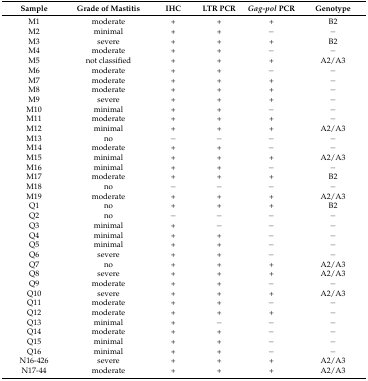
<table><thead><tr><td><b>Sample</b></td><td><b>Grade of Mastitis</b></td><td><b>IHC</b></td><td><b>LTR PCR</b></td><td><b><i>Gag-pol</i> PCR</b></td><td><b>Genotype</b></td></tr></thead><tbody><tr><td>M1</td><td>moderate</td><td>+</td><td>+</td><td>+</td><td>B2</td></tr><tr><td>M2</td><td>minimal</td><td>+</td><td>+</td><td>−</td><td>−</td></tr><tr><td>M3</td><td>severe</td><td>+</td><td>+</td><td>+</td><td>B2</td></tr><tr><td>M4</td><td>moderate</td><td>+</td><td>+</td><td>−</td><td>−</td></tr><tr><td>M5</td><td>not classified</td><td>+</td><td>+</td><td>+</td><td>A2/A3</td></tr><tr><td>M6</td><td>moderate</td><td>+</td><td>+</td><td>−</td><td>−</td></tr><tr><td>M7</td><td>moderate</td><td>+</td><td>+</td><td>+</td><td>−</td></tr><tr><td>M8</td><td>moderate</td><td>+</td><td>+</td><td>+</td><td>−</td></tr><tr><td>M9</td><td>severe</td><td>+</td><td>+</td><td>+</td><td>−</td></tr><tr><td>M10</td><td>minimal</td><td>+</td><td>+</td><td>−</td><td>−</td></tr><tr><td>M11</td><td>moderate</td><td>+</td><td>+</td><td>+</td><td>−</td></tr><tr><td>M12</td><td>minimal</td><td>+</td><td>+</td><td>+</td><td>A2/A3</td></tr><tr><td>M13</td><td>no</td><td>−</td><td>−</td><td>−</td><td>−</td></tr><tr><td>M14</td><td>moderate</td><td>+</td><td>+</td><td>−</td><td>−</td></tr><tr><td>M15</td><td>minimal</td><td>+</td><td>+</td><td>+</td><td>A2/A3</td></tr><tr><td>M16</td><td>minimal</td><td>+</td><td>+</td><td>−</td><td>−</td></tr><tr><td>M17</td><td>moderate</td><td>+</td><td>+</td><td>+</td><td>B2</td></tr><tr><td>M18</td><td>no</td><td>−</td><td>−</td><td>−</td><td>−</td></tr><tr><td>M19</td><td>moderate</td><td>+</td><td>+</td><td>+</td><td>A2/A3</td></tr><tr><td>Q1</td><td>no</td><td>+</td><td>+</td><td>+</td><td>B2</td></tr><tr><td>Q2</td><td>no</td><td>−</td><td>−</td><td>−</td><td>−</td></tr><tr><td>Q3</td><td>minimal</td><td>+</td><td>−</td><td>−</td><td>−</td></tr><tr><td>Q4</td><td>minimal</td><td>+</td><td>+</td><td>−</td><td>−</td></tr><tr><td>Q5</td><td>minimal</td><td>+</td><td>+</td><td>−</td><td>−</td></tr><tr><td>Q6</td><td>severe</td><td>+</td><td>+</td><td>−</td><td>−</td></tr><tr><td>Q7</td><td>no</td><td>+</td><td>+</td><td>+</td><td>A2/A3</td></tr><tr><td>Q8</td><td>severe</td><td>+</td><td>+</td><td>+</td><td>A2/A3</td></tr><tr><td>Q9</td><td>moderate</td><td>+</td><td>+</td><td>−</td><td>−</td></tr><tr><td>Q10</td><td>severe</td><td>+</td><td>+</td><td>+</td><td>A2/A3</td></tr><tr><td>Q11</td><td>moderate</td><td>+</td><td>+</td><td>−</td><td>−</td></tr><tr><td>Q12</td><td>moderate</td><td>+</td><td>+</td><td>+</td><td>−</td></tr><tr><td>Q13</td><td>minimal</td><td>+</td><td>−</td><td>−</td><td>−</td></tr><tr><td>Q14</td><td>moderate</td><td>+</td><td>+</td><td>−</td><td>−</td></tr><tr><td>Q15</td><td>minimal</td><td>+</td><td>+</td><td>−</td><td>−</td></tr><tr><td>Q16</td><td>minimal</td><td>+</td><td>+</td><td>−</td><td>−</td></tr><tr><td>N16-426</td><td>severe</td><td>+</td><td>+</td><td>+</td><td>A2/A3</td></tr><tr><td>N17-44</td><td>moderate</td><td>+</td><td>+</td><td>+</td><td>A2/A3</td></tr></tbody></table>